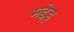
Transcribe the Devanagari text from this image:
मद्देड़